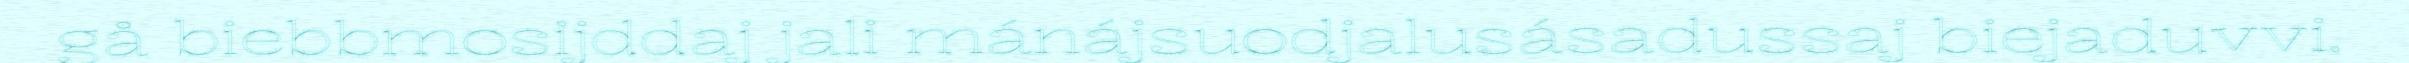
gå biebbmosijddaj jali mánájsuodjalusásadussaj biejaduvvi.